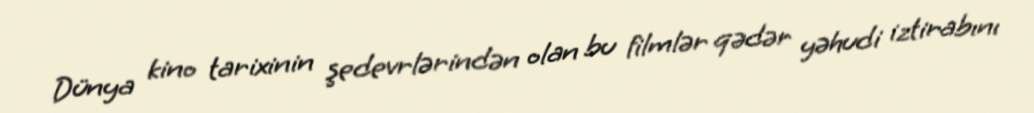
Dünya kino tarixinin şedevrlərindən olan bu filmlər qədər yəhudi iztirabını